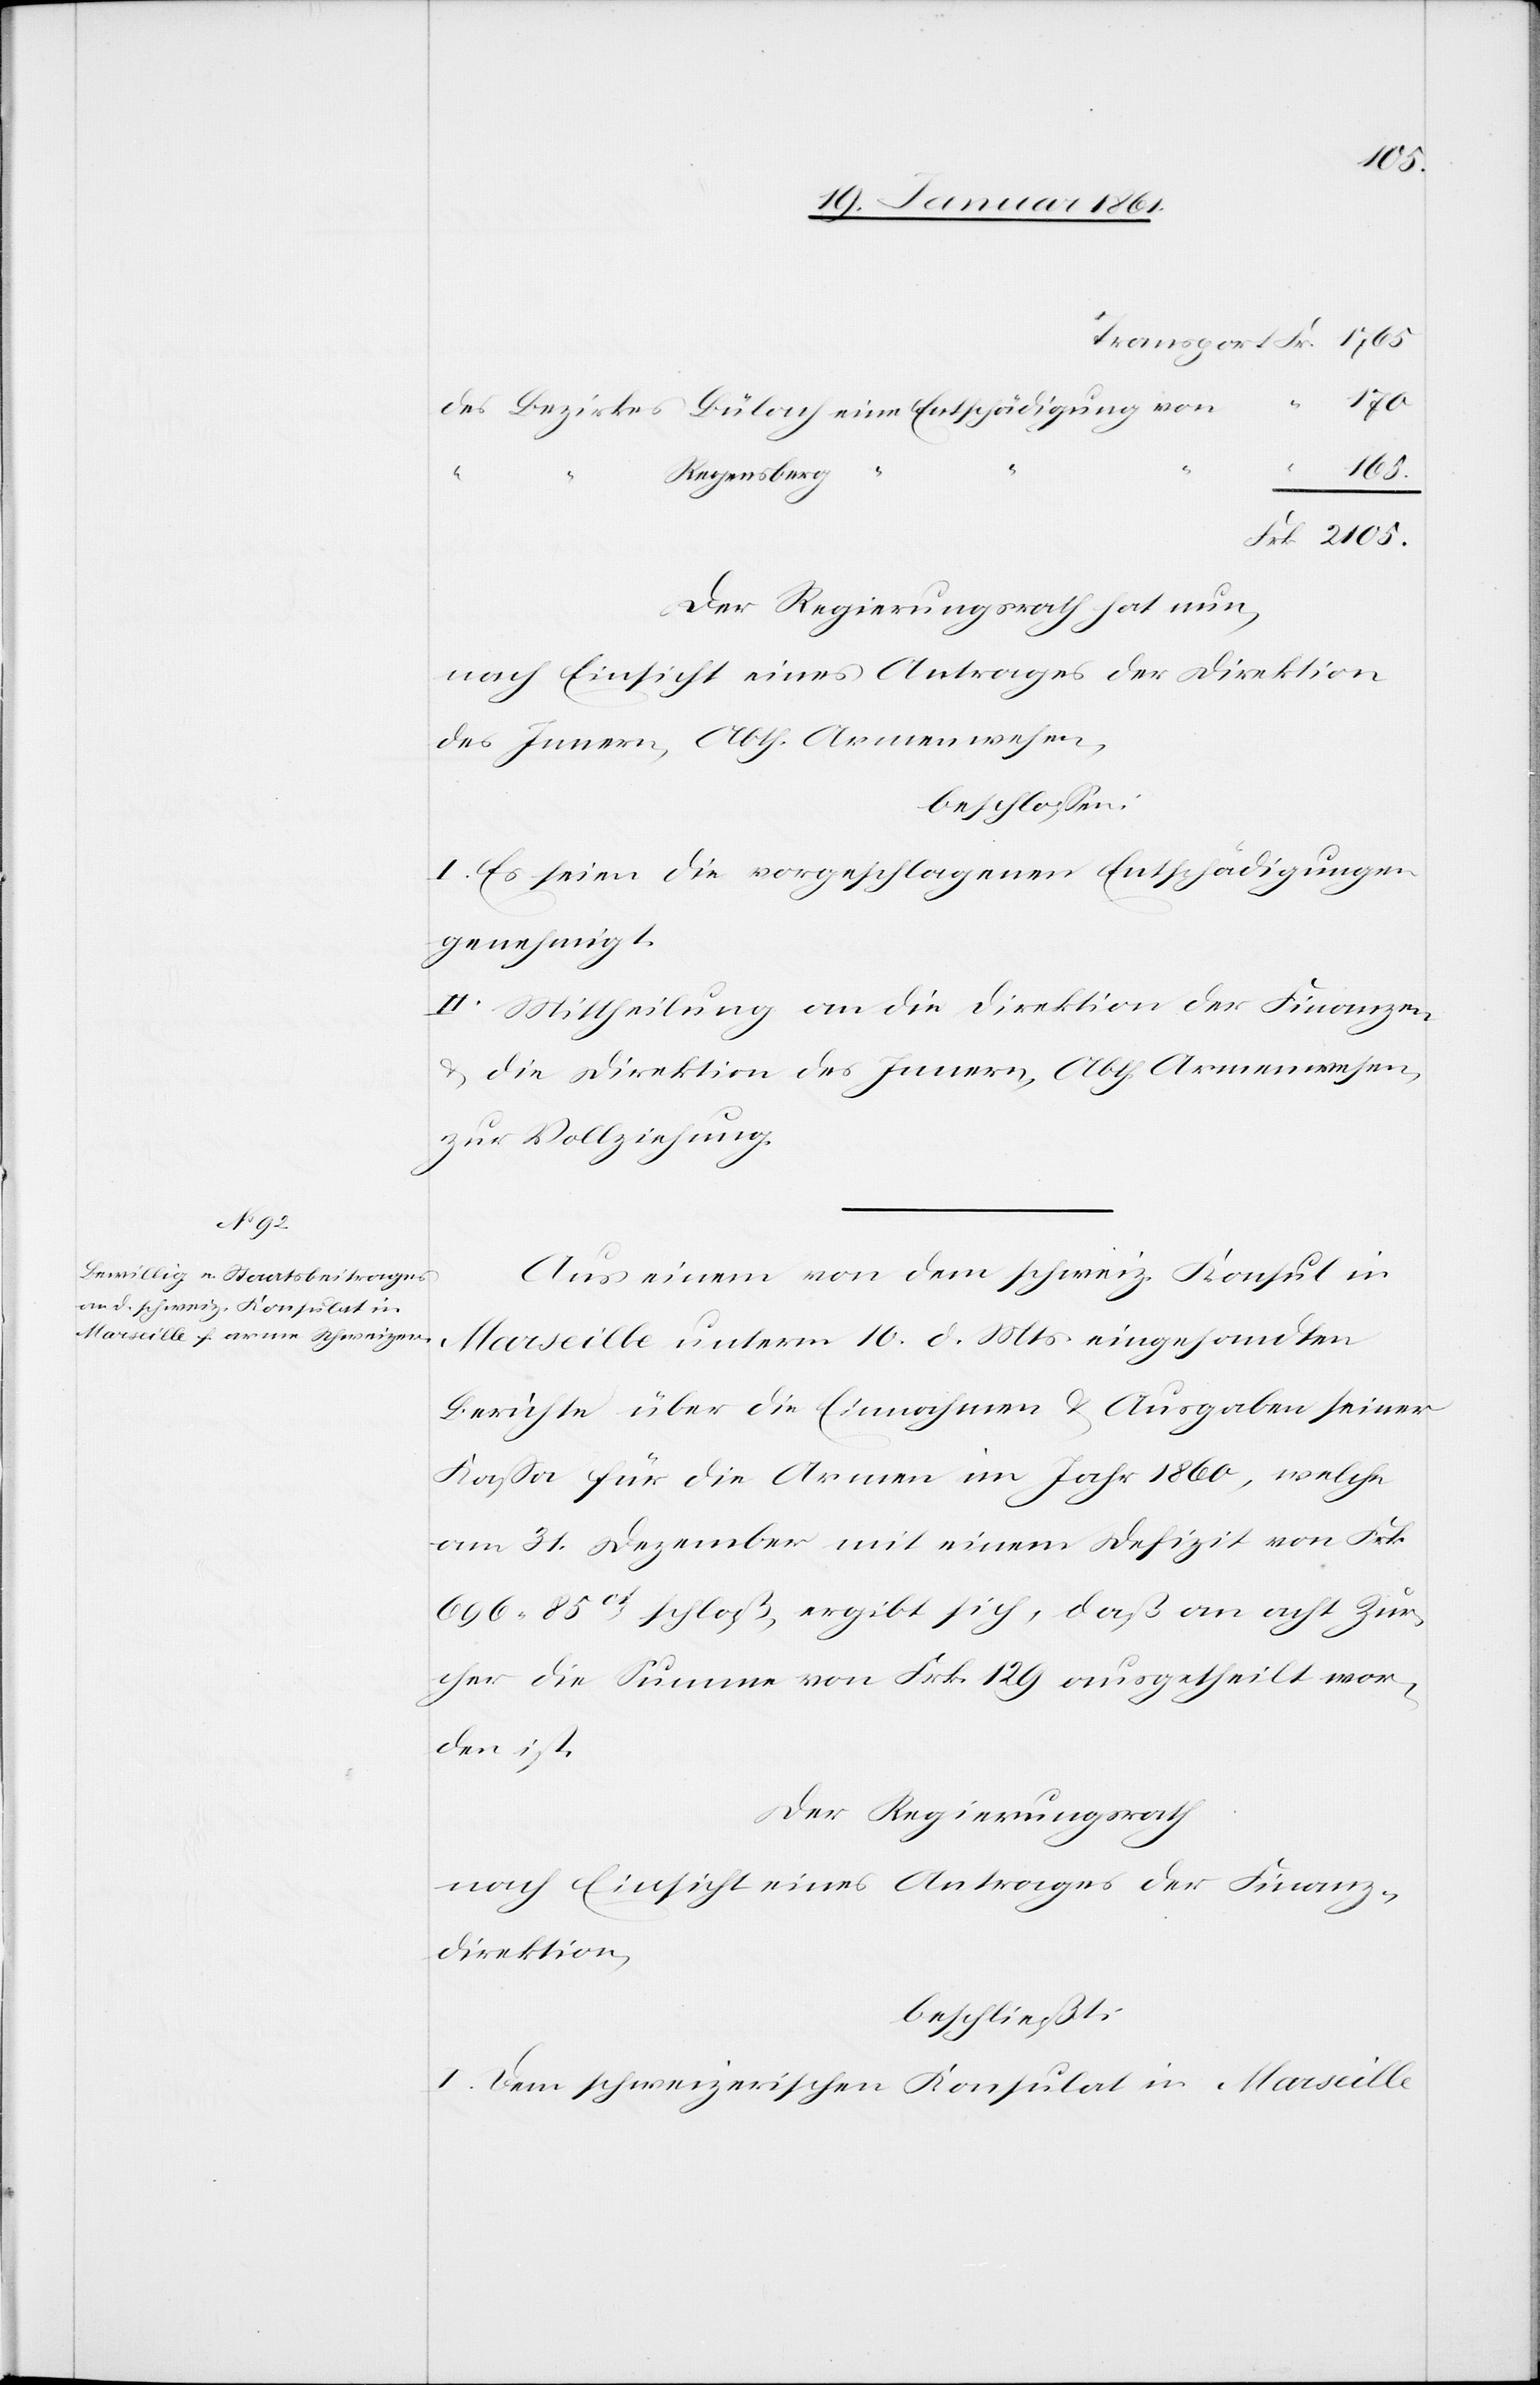
2105.
Regensberg
Der Regierungsrath hat nun,
nach Einsicht eines Antrages der Direktion
des Innern, Abth. Armenwesen,
beschlossen:
I. Es seien die vorgeschlagenen Entschädigungen
genehmigt.
II. Mittheilung an die Direktion der Finanzen,
u. die Direktion des Innern, Abth. Armenwesen,
zur Vollziehung.
Aus einem von dem schweiz. Konsul in
Marseille unterm 10. d. Mts. eingesandten
Berichte über die Einnahmen u. Ausgaben seiner
Kassa für die Armen im Jahr 1860, welche
am 31. Dezember mit einem Defizit von Frk.
696 85Ct schloß, ergibt sich, daß an acht Zür¬
cher die Summe von Frk. 129 ausgetheilt wor¬
den ist.
Der Regierungsrath
nach Einsicht eines Antrages der Finanz¬
direktion,
beschließt:
I. Dem schweizerischen Konsulat in Marseille